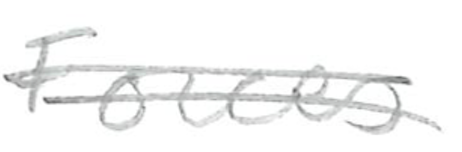
Text: Forces
Cross-out: double-line
Writing tool: pencil